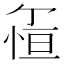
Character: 𱞵